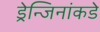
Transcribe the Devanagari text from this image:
ड्रेन्जिनांकडे